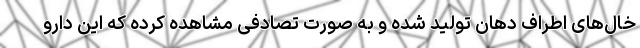
خال‌های اطراف دهان تولید شده و به صورت تصادفی مشاهده کرده که این دارو